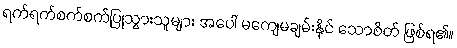
ရက်ရက်စက်စက်ပြုသွားသူများ အပေါ် မကျေမချမ်းနိုင် သောစိတ် ဖြစ်ရ၏။